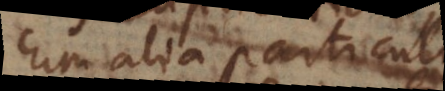
cum alia particula,